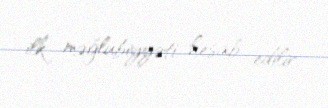
ilk məğlubiyyəti hesab edilir.